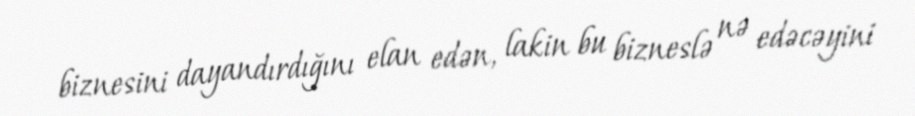
biznesini dayandırdığını elan edən, lakin bu bizneslə nə edəcəyini